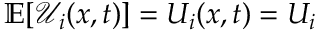
\mathbb { E } [ \mathcal { U } _ { i } ( x , t ) ] = U _ { i } ( x , t ) = U _ { i }